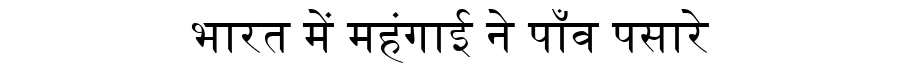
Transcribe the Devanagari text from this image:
भारत में महंगाई ने पाँव पसारे